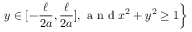
\left. y \in [ - \frac { \ell } { 2 a } , \frac { \ell } { 2 a } ] , \mathrm { ~ a ~ n ~ d ~ } x ^ { 2 } + y ^ { 2 } \geq 1 \right\}